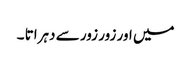
میں اور زور زور سے دہراتا ۔